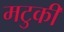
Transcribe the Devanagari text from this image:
मटुकी